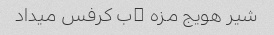
شیر هویج مزه ۀب کرفس میداد